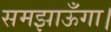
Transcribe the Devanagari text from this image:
समझाऊँगा।